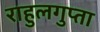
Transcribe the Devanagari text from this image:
राहुलगुप्ता